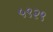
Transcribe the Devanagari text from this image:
५९२९